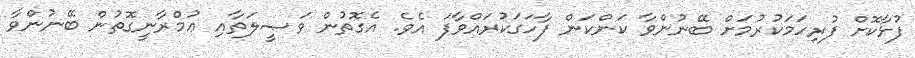
ފުޅާކޮށް ފުރިހަމަކުރުމަށް ބޭނުންވާ ކަންކަން ފާހަގަކުރައްވާފަ އެވެ. އެގޮތުން ވަޞީލަތާއި ޢުމްރާނީގޮތުން ބޭނުންވާ